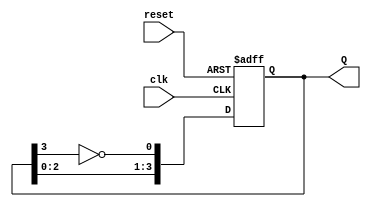
module JohnsonCounter (
    input wire clk,        // Clock input
    input wire reset,      // Asynchronous reset
    output reg [3:0] Q     // 4-bit output
);

// Always block to implement the counter behavior
always @(posedge clk or posedge reset) begin
    if (reset) begin
        Q <= 4'b0000; // Initialize counter to 0000 on reset
    end else begin
        Q[0] <= ~Q[3]; // D0 receives inverted output of Q3
        Q[1] <= Q[0];  // D1 receives output of Q0
        Q[2] <= Q[1];  // D2 receives output of Q1
        Q[3] <= Q[2];  // D3 receives output of Q2
    end
end

endmodule